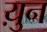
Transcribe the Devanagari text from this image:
य़ुन